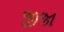
જીજા